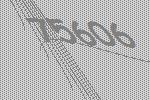
75606